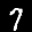
Digit: 7